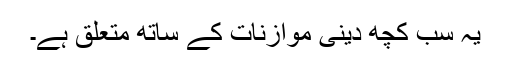
یہ سب کچھ دینی موازنات کے ساتھ متعلق ہے۔